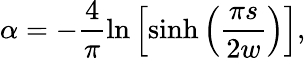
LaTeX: \alpha=-\frac{4}{\pi}\ln\left[\sinh\left(\frac{\pi s}{2w}\right)\right],